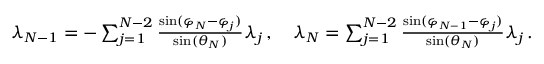
\begin{array} { r } { \lambda _ { N - 1 } = - \sum _ { j = 1 } ^ { N - 2 } { \frac { \sin ( \varphi _ { N } - \varphi _ { j } ) } { \sin ( \theta _ { N } ) } } \lambda _ { j } \, , \quad \lambda _ { N } = \sum _ { j = 1 } ^ { N - 2 } { \frac { \sin ( \varphi _ { N - 1 } - \varphi _ { j } ) } { \sin ( \theta _ { N } ) } } \lambda _ { j } \, . } \end{array}